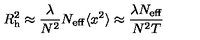
R _ { \mathrm { h } } ^ { 2 } \approx { \frac { \lambda } { N ^ { 2 } } } N _ { \mathrm { e f f } } \langle x ^ { 2 } \rangle \approx { \frac { \lambda N _ { \mathrm { e f f } } } { N ^ { 2 } T } }